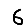
Digit: 6